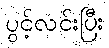
ပွင့်လင်းပြီး